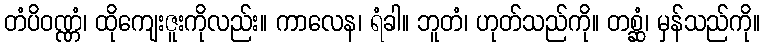
တံပိဝဏ္ဏံ၊ ထိုကျေးဇူးကိုလည်း။ ကာလေန၊ ရံခါ။ ဘူတံ၊ ဟုတ်သည်ကို။ တစ္ဆံ၊ မှန်သည်ကို။